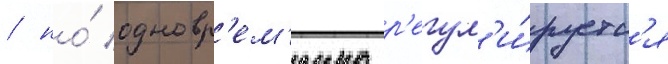
/ но́ одновр'ем'енно р'егул'и́руетс'я